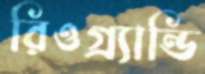
রিওগ্র্যান্ডি